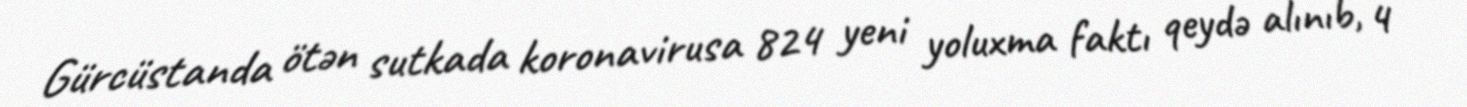
Gürcüstanda ötən sutkada koronavirusa 824 yeni yoluxma faktı qeydə alınıb, 4